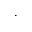
\cdot